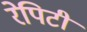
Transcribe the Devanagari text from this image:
रेपिटी